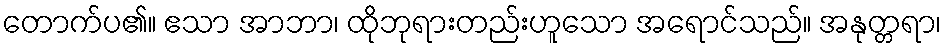
တောက်ပ၏။ ဧသာ အာဘာ၊ ထိုဘုရားတည်းဟူသော အရောင်သည်။ အနုတ္တရာ၊